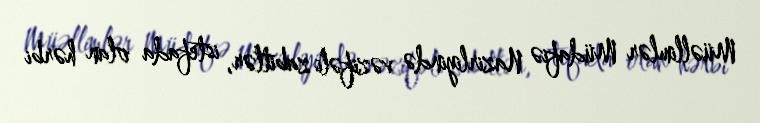
Müəllimlər Müdafiə Nazirliyində vəzifəli zabitlər, istefada olan hərbi